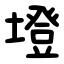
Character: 墱